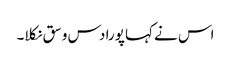
اس نے کہا پورا دس وسق نکلا۔